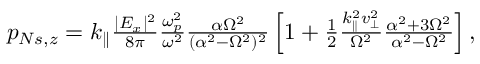
\begin{array} { r } { p _ { N s , z } = k _ { \parallel } \frac { | E _ { x } | ^ { 2 } } { 8 \pi } \frac { \omega _ { p } ^ { 2 } } { \omega ^ { 2 } } \frac { \alpha \Omega ^ { 2 } } { ( \alpha ^ { 2 } - \Omega ^ { 2 } ) ^ { 2 } } \left[ 1 + \frac { 1 } { 2 } \frac { k _ { \parallel } ^ { 2 } v _ { \perp } ^ { 2 } } { \Omega ^ { 2 } } \frac { \alpha ^ { 2 } + 3 \Omega ^ { 2 } } { \alpha ^ { 2 } - \Omega ^ { 2 } } \right] , } \end{array}